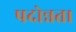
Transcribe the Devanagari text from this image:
पदोन्नत।